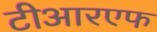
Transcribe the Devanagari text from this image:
टीआरएफ